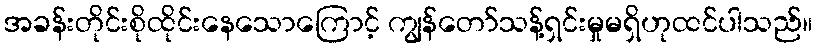
အခန်းတိုင်းစိုထိုင်းနေသောကြောင့် ကျွန်တော်သန့်ရှင်းမှုမရှိဟုထင်ပါသည်။